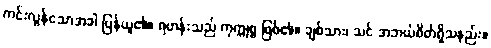
ကင်းလွန်သောအခါ ပြန်ယူ၏။ ရဟန်းသည် ကုက္ကုစ္စ ဖြစ်၏။ ချစ်သား၊ သင် အဘယ်စိတ်ရှိသနည်း။